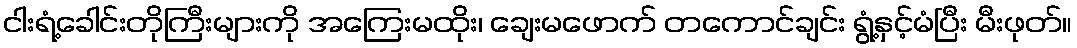
ငါးရံ့ခေါင်းတိုကြီးများကို အကြေးမထိုး၊ ချေးမဖောက် တကောင်ချင်း ရွံ့နှင့်မံပြီး မီးဖုတ်။